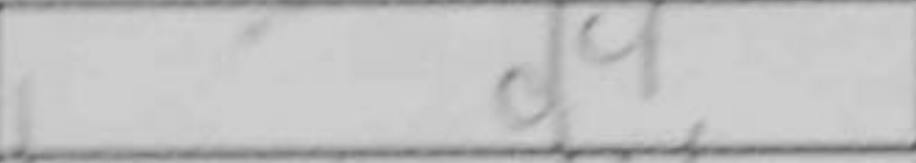
Transcription: d4